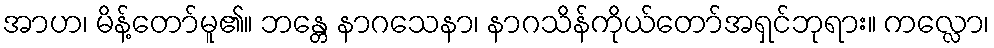
အာဟ၊ မိန့်တော်မူ၏။ ဘန္တေ နာဂသေနာ၊ နာဂသိန်ကိုယ်တော်အရှင်ဘုရား။ ကလ္လော၊